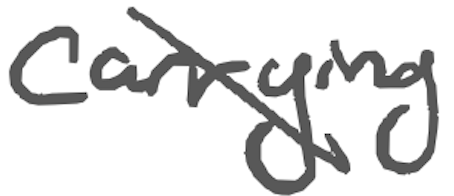
Text: carrying
Cross-out: diagonal
Writing tool: digital_gray